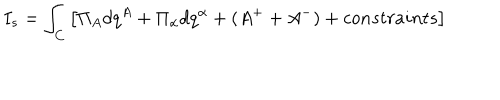
I _ { s } = \int _ { C } \left[ \Pi _ { A } d q ^ { A } + \Pi _ { \alpha } d q ^ { \alpha } + ( A ^ { + } + A ^ { - } ) + c o n s t r a i n t s \right]